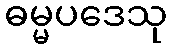
ဓမ္မပဒေသု